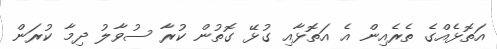
އަތޮޅެއްގެ ތެރެއިން އެ އަތޮޅާއި ގުޅޭ ގޮތުން ކުރާ ސުވާލު ދިމާ ކުރަން